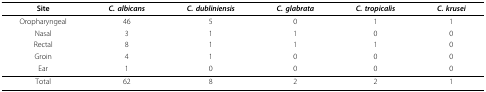
<table><thead><tr><td><b>Site</b></td><td><b><i>C. albicans</i></b></td><td><b><i>C. dubliniensis</i></b></td><td><b><i>C. glabrata</i></b></td><td><b><i>C. tropicalis</i></b></td><td><b><i>C. krusei</i></b></td></tr></thead><tbody><tr><td>Oropharyngeal</td><td>46</td><td>5</td><td>0</td><td>1</td><td>1</td></tr><tr><td>Nasal</td><td>3</td><td>1</td><td>1</td><td>0</td><td>0</td></tr><tr><td>Rectal</td><td>8</td><td>1</td><td>1</td><td>1</td><td>0</td></tr><tr><td>Groin</td><td>4</td><td>1</td><td>0</td><td>0</td><td>0</td></tr><tr><td>Ear</td><td>1</td><td>0</td><td>0</td><td>0</td><td>0</td></tr><tr><td>Total</td><td>62</td><td>8</td><td>2</td><td>2</td><td>1</td></tr></tbody></table>